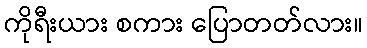
ကိုရီးယား စကား ပြောတတ်လား။